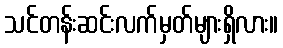
သင်တန်းဆင်းလက်မှတ်များရှိလား။